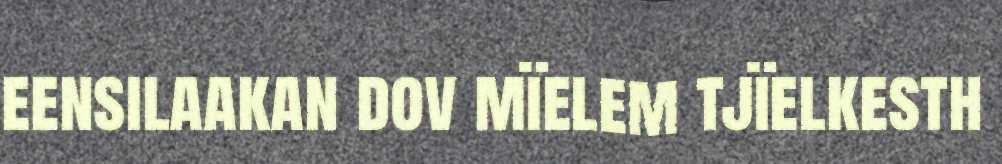
eensilaakan dov mïelem tjïelkesth